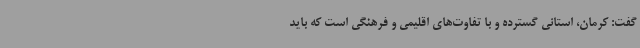
گفت: کرمان، استانی گسترده و با تفاوت‌های اقلیمی و فرهنگی است که باید